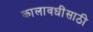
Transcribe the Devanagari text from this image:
कालावधींसाठी